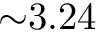
{ \sim } 3 . 2 4